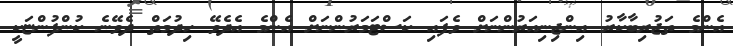
އެންމެ ތަޖުރިބާކާރު އިންޖިނިއަރުންނަށް ވެފައި ކަސްޓަމަރުންނަށް އެންމެ އެދެވޭ ހިދުމަތް ދެވޭނެ ކުންފުންޏަކީ